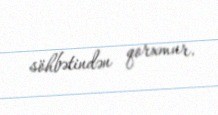
söhbətindən qorxmur.